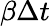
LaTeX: \beta\Delta t